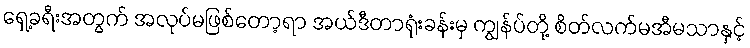
ရှေ့ခရီးအတွက် အလုပ်မဖြစ်တော့ရာ အယ်ဒီတာရုံးခန်းမှ ကျွန်ပ်တို့ စိတ်လက်မအီမသာနှင့်